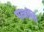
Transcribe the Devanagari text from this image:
पत्जांलि